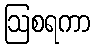
ဩစရကာ